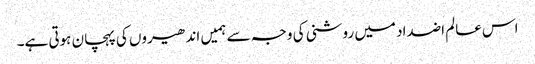
اس عالم اضداد میں روشنی کی وجہ سے ہمیں اندھیروں کی پہچان ہوتی ہے۔